Civil Veterinary Dept. Bombay admin report 1900-1906 - 1900-1906
Year: 1900
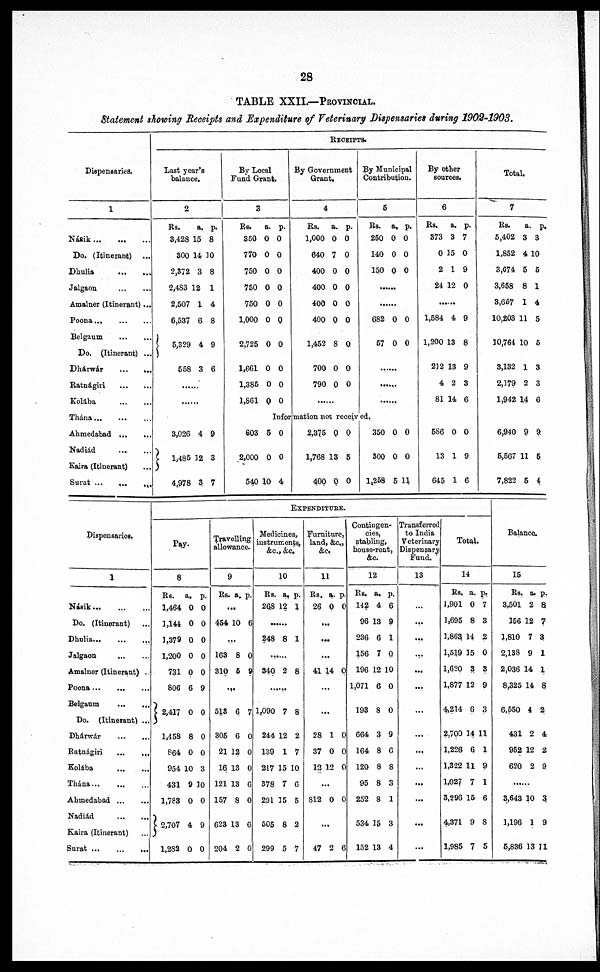
28
TABLE XXII.—PROVINCIAL.
Statement showing Receipts and Expenditure of Veterinary Dispensaries during 1902-1903.
Dispensaries.
1
Násik … … …
Do. (Itinerant) …
Dhulia … …
Jalgaon … …
Amalner (Itinerant) ...
Poona … … …
Belgaum … …
Do, (Itinerant) ...
Dhárwár … …
Ratnágiri … …
Kolába … …
Thána … … …
Ahmedabad … …
Nadiád … …
Kaira (Itinerant) …
Surat … … …
RECEIPTS.
Last year's
balance.
2
Rs.
a. p.
3,428 15 8
300 14 10
2,372 3 8
2,483 12 1
2,507 1 4
6,537 6 8
5,329 4 9
558 3 6
……
……
……
3,026 4 9
1,485 32 3
4,978 3 7
By Local
Fund Grant.
3
Rs.
a. p.
350 0 0
770 0 0
750 0 0
750 0 0
750 0 0
1,000 0 0
2,725 0 0
1,661 0 0
1,385 0 0
1,861 0 0
By Government
Grant.
4
Rs. a. p.
1,000 0 0
640 7 0
400 0 0
400 0 0
400 0 0
400 0 0
1,452 8 0
700 0 0
790 0 0
……
By Municipal
Contribution.
5
Rs. a, p.
250 0 0
140 0 0
150 0 0
……
682 0 0
57 0 0
……
......
……
Information not received.
603 5 0
2,000 0 0
540 10 4
2,375 0 0
1,768 13 5
400 0 0
350 0 0
300 0 0
1,258 5 11
By other
sources.
6
Rs,
a. p.
373 3 7
0 15 0
2 19
24 12 0
……
1,584 4 9
1,200 13 8
212 13 9
4 2 3
81 14 6
5S6 0 0
13 1 9
645 1 6
Total.
7
Rs.
a. p.
5,402 3 3
1,852 4 10
3,C74 5 5
3,658 8 1
3,657 1 4
10,203 11 5
10,764 10 5
3,132 1 3
2,179 2 3
1,942 14 6
6,940 9 9
5,567 11 5
7,822 5 4
Dispensaries.
1
Násik … … …
Do. (Itinerant) …
Dhulia … … …
Jalgaon … …
Amalner (Itinerant)
Poona … … …
Belgaum … …
Do. (Itinerant) ...
Dhárwár … …
Ratnágiri … …
Kolába … …
Thána … …
Ahmedabad … …
Nadiád … …
Kaira (Itinerant) …
Surat … … …
EXPENDITURE.
Pay.
8
Rs. a. p.
1,464 0 0
1,144 0 0
1,379 0 0
1,200 0 0
731 0 0
806 6 9
2,417 0 0
1,458 8 0
864 0 0
954 10 3
431 9 10
1,783 0 0
2,707 4 9
1,282 0 0
Travelling
allowance.
9
Rs. a. p.
...
454 10 6
...
163 8 0
310 5 9
…
513 6 7
305 6 0
21 12 0
16 13 0
121 13 6
157 8 0
623 13 6
204 2 0
Medicines,
instruments,
&c., &c.
10
Rs. a, p.
268 12 1
......
248 8 1
340 2 8
……
1,090 7 8
244 12 2
139 1 7
217 15 10
378 7 6
291 35 5
505 8 2
299 5 7
Furniture,
land, &c,
&c.
11
Rs. a. p.
26 0 0
...
...
...
41 14 0
...
...
28 1 0
37 0 0
12 12 0
...
812 0 0
...
47 2 6
Contingen-
cies,
stabling,
house-rent,
&c.
12
Rs. a. p.
142 4 6
96 13 9
236 6 1
156 7 0
196 12 10
1,071 6 0
193 8 0
664 3 9
164 8 6
120 8 8
95 8 3
252 8 1
534 15 3
152 13 4
Transferred
to India
Veterinary
Dispensary
Fund.
13
…
...
...
...
...
...
...
...
...
...
...
...
...
...
Total.
14
Rs. a. p.
1,901 0 7
1,695 8 3
3,863 14 2
1,519 15 0
1,620 3 3
1,877 12 9
4,214 6 3
2,700 14 11
1,226 6 1
1,322 11 9
1,027 7 1
3,296 15 6
4,371 9 8
1,985 7 5
Balance.
15
Rs. a. p.
3,501 2 8
156 12 7
1,810 7 3
2,138 9 1
2,036 14 1
8,325 14 8
6,550 4 2
431 2 4
952 12 2
620 2 9
……
3,643 10 3
1,196 1 9
6,836 13 11